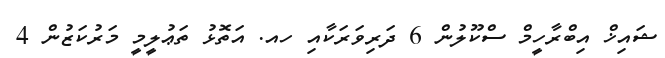
ޝައިޚް އިބްރާހީމް ސްކޫލުން 6 ދަރިވަރަކާއި ހއ. އަތޮޅު ތަޢުލީމީ މަރުކަޒުން 4